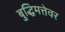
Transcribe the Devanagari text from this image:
बुद्धिमत्तेवर